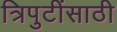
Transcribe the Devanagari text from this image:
त्रिपुटींसाठी